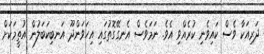
ދަރިއަކާ ވެސް ކައިވެނި ކުރެއްވި އެވެ. ނަމަވެސް އެނގޭގޮތުގައި އިހަވަންދޫ އަނބިކަބަލުން އުތީމަކަށް